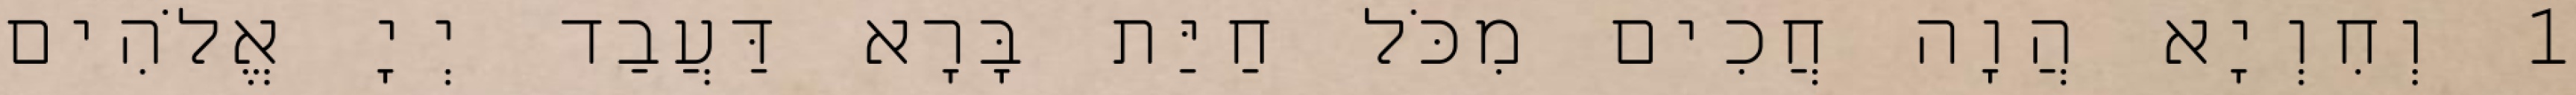
1 וְחִוְיָא הֲוָה חֲכִים מִכֹּל חַיַּת בָּרָא דַּעֲבַד יְיָ אֱלֹהִים